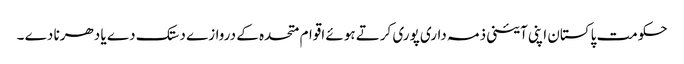
حکومت پاکستان اپنی آئینی ذمہ داری پوری کرتے ہوئے اقوام متحدہ کے دروازے دستک دے یا دھرنا دے ۔